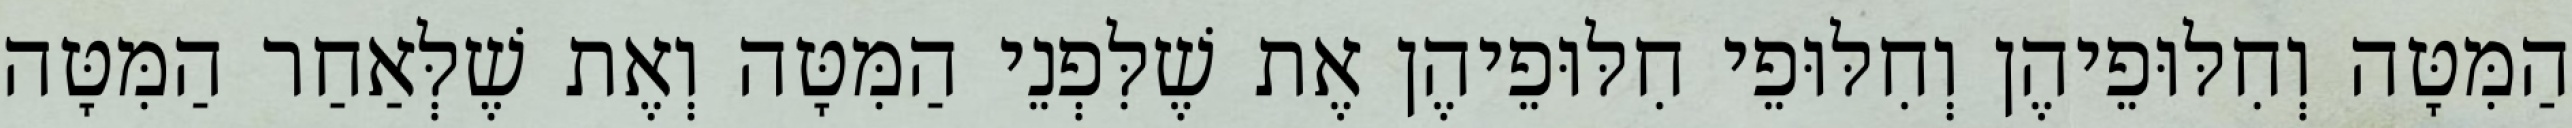
הַמִּטָּה וְחִלּוּפֵיהֶן וְחִלּוּפֵי חִלּוּפֵיהֶן אֶת שֶׁלִּפְנֵי הַמִּטָּה וְאֶת שֶׁלְּאַחַר הַמִּטָּה